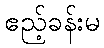
ဧည့်ခန်းမ